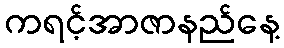
ကရင့်အာဇာနည်နေ့